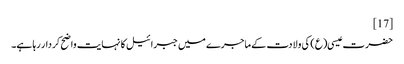
[17]
حضرت عیسی(ع) کی ولادت کے ماجرے میں جبرائیل کا نہایت واضح کردار رہا ہے۔